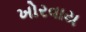
ખોરવાય